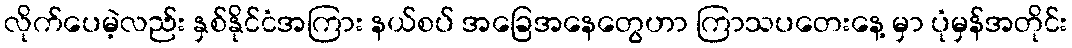
လိုက်ပေမဲ့လည်း နှစ်နိုင်ငံအကြား နယ်စပ် အခြေအနေတွေဟာ ကြာသပတေးနေ့ မှာ ပုံမှန်အတိုင်း